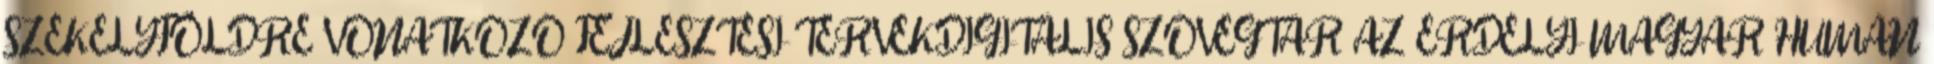
SZÉKELYFÖLDRE VONATKOZÓ FEJLESZTÉSI TERVEKDIGITÁLIS SZÖVEGTÁR AZ ERDÉLYI MAGYAR HUMÁN